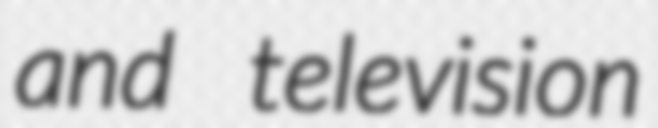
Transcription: and television